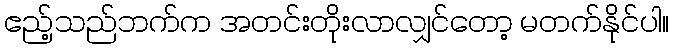
ဧည့်သည်ဘက်က အတင်းတိုးလာလျှင်တော့ မတက်နိုင်ပါ။